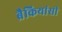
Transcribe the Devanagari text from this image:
ब्रैकियांसी